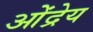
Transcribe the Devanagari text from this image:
ओंद्रेय